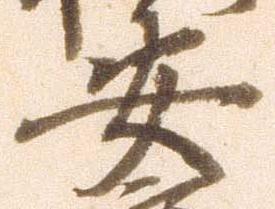
安